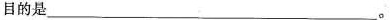
目的是___。